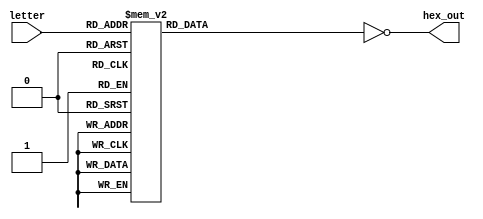
module alp2hex(input [4:0]letter,output [6:0]hex_out);

	reg [6:0]hex=0;
	assign hex_out=~hex;
	
	always@(*)begin
		case(letter)
			0:hex <=7'h00;//all off
			1:hex <=7'h77;//A
			2:hex <=7'h7c;//B
			3:hex <=7'h39;//C
			4:hex <=7'h5E;//D
			5:hex <=7'h79;//E
			6:hex <=7'h71;//F
			7:hex <=7'h3D;//G
			8:hex <=7'h76;//H
			9:hex <=7'h30;//I
			10:hex <=7'h1E;//J
			11:hex <=7'h00;//K
			12:hex <=7'h38;//L
			13:hex <=7'h0;//M
			14:hex <=7'h54;//N
			15:hex <=7'h3F;//O
			16:hex <=7'h73;//P
			17:hex <=7'h67;//Q
			18:hex <=7'h50;//R
			19:hex <=7'h6D;//S
			20:hex <=7'h78;//T
			21:hex <=7'h3E;//U
			22:hex <=7'h1C;//V
			23:hex <=7'h0;//W
			24:hex <=7'h0;//X
			25:hex <=7'h6E;//Y
			26:hex <=7'h0;//Z
			default:	hex<=0;
		endcase
	end

endmodule